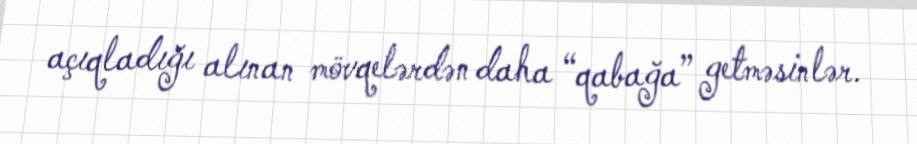
açıqladığı alınan mövqelərdən daha “qabağa” getməsinlər.